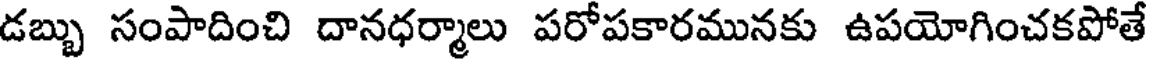
డబ్బు సంపాదించి దానధర్మాలు పరోపకారమునకు ఉపయోగించకపోతే